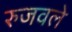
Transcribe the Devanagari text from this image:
रुजवले